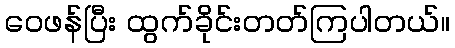
ဝေဖန်ပြီး ထွက်ခိုင်းတတ်ကြပါတယ်။